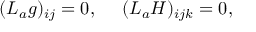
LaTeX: ( { \cal L } _ { a } g ) _ { i j } = 0 , \ \ \ \ ( { \cal L } _ { a } H ) _ { i j k } = 0 ,